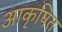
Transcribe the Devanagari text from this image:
आकृषित